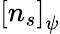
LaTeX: \left[n_{s}\right]_{\psi}